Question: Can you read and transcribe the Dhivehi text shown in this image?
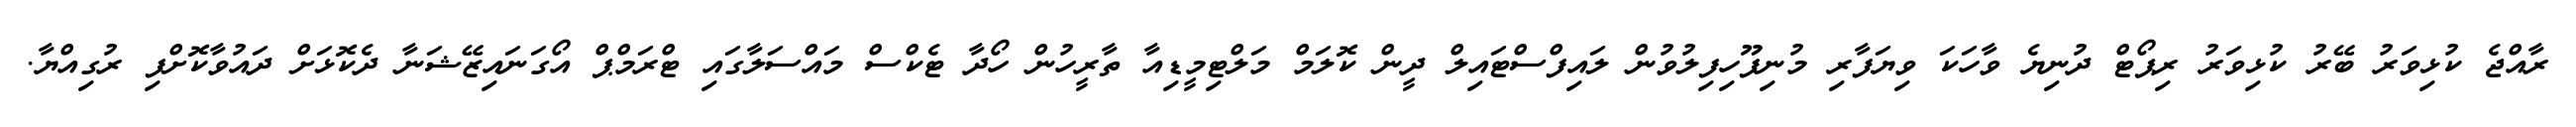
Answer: ރާއްޖެ ކުޅިވަރު ބޭރު ކުޅިވަރު ރިޕޯޓް ދުނިޔެ ވާހަކަ ވިޔަފާރި މުނިފޫހިފިލުވުން ލައިފްސްޓައިލް ދީން ކޮލަމް މަލްޓިމީޑިއާ ތާރީހުން ހޯދާ ޓެކްސް މައްސަލާގައި ޓްރަމްޕް އޯގަނައިޒޭޝަނާ ދެކޮޅަށް ދައުވާކޮށްފި ރުގިއްޔާ.